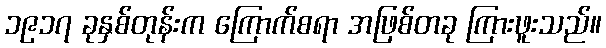
၁၉၁၇ ခုနှစ်တုန်းက ကြောက်စရာ အဖြစ်တခု ကြားဖူးသည်။